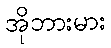
အိုဘားမား